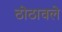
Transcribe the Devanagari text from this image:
ठोठावले